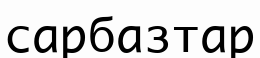
сарбазтар